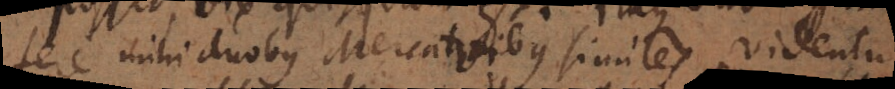
fere mihi duobus Mercatoribus similes videntur